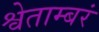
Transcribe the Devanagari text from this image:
श्वेताम्बरं